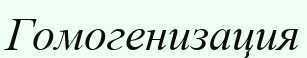
Гомогенизация